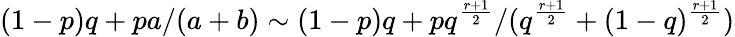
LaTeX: (1-p)q+pa/(a+b)\sim(1-p)q+pq^{\frac{r+1}{2}}/(q^{\frac{r+1}{2}}+(1-q)^{\frac{r+1}{2}})